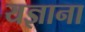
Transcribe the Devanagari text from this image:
यज्ञाना